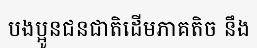
បងប្អូនជនជាតិដើមភាគតិច នឹង